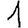
Digit: 1